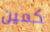
كمين